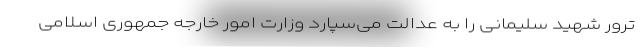
ترور شهید سلیمانی را به عدالت می‌سپارد وزارت امور خارجه جمهوری اسلامی